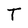
Character: T